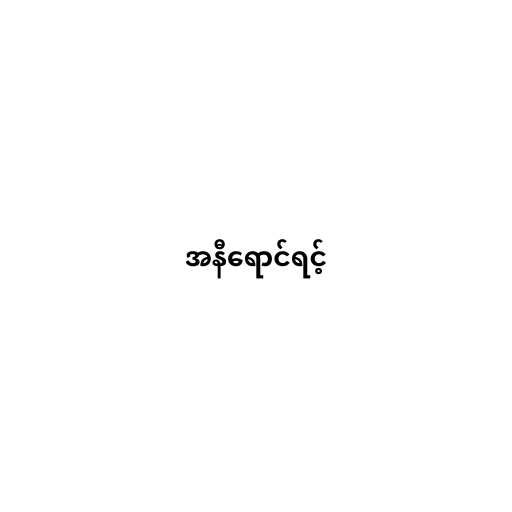
အနီရောင်ရင့်